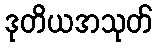
ဒုတိယအသုတ်